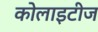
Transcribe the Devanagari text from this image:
कोलाइटीज